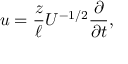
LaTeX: u = \frac { z } { \ell } U ^ { - 1 / 2 } \frac { \partial } { \partial t } ,